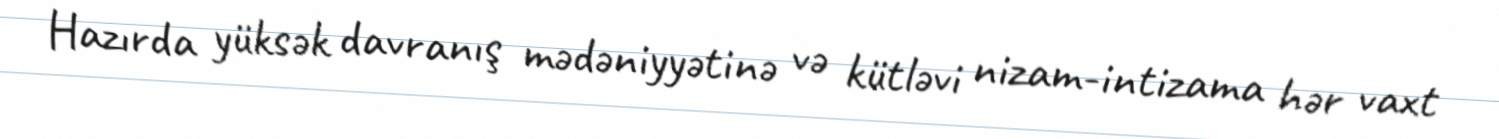
Hazırda yüksək davranış mədəniyyətinə və kütləvi nizam-intizama hər vaxt